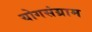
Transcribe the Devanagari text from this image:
योगसंग्राम